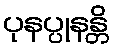
ပုနပ္ပုနန္တိ